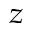
_ { z }